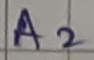
Text: A2